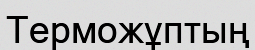
Терможұптың